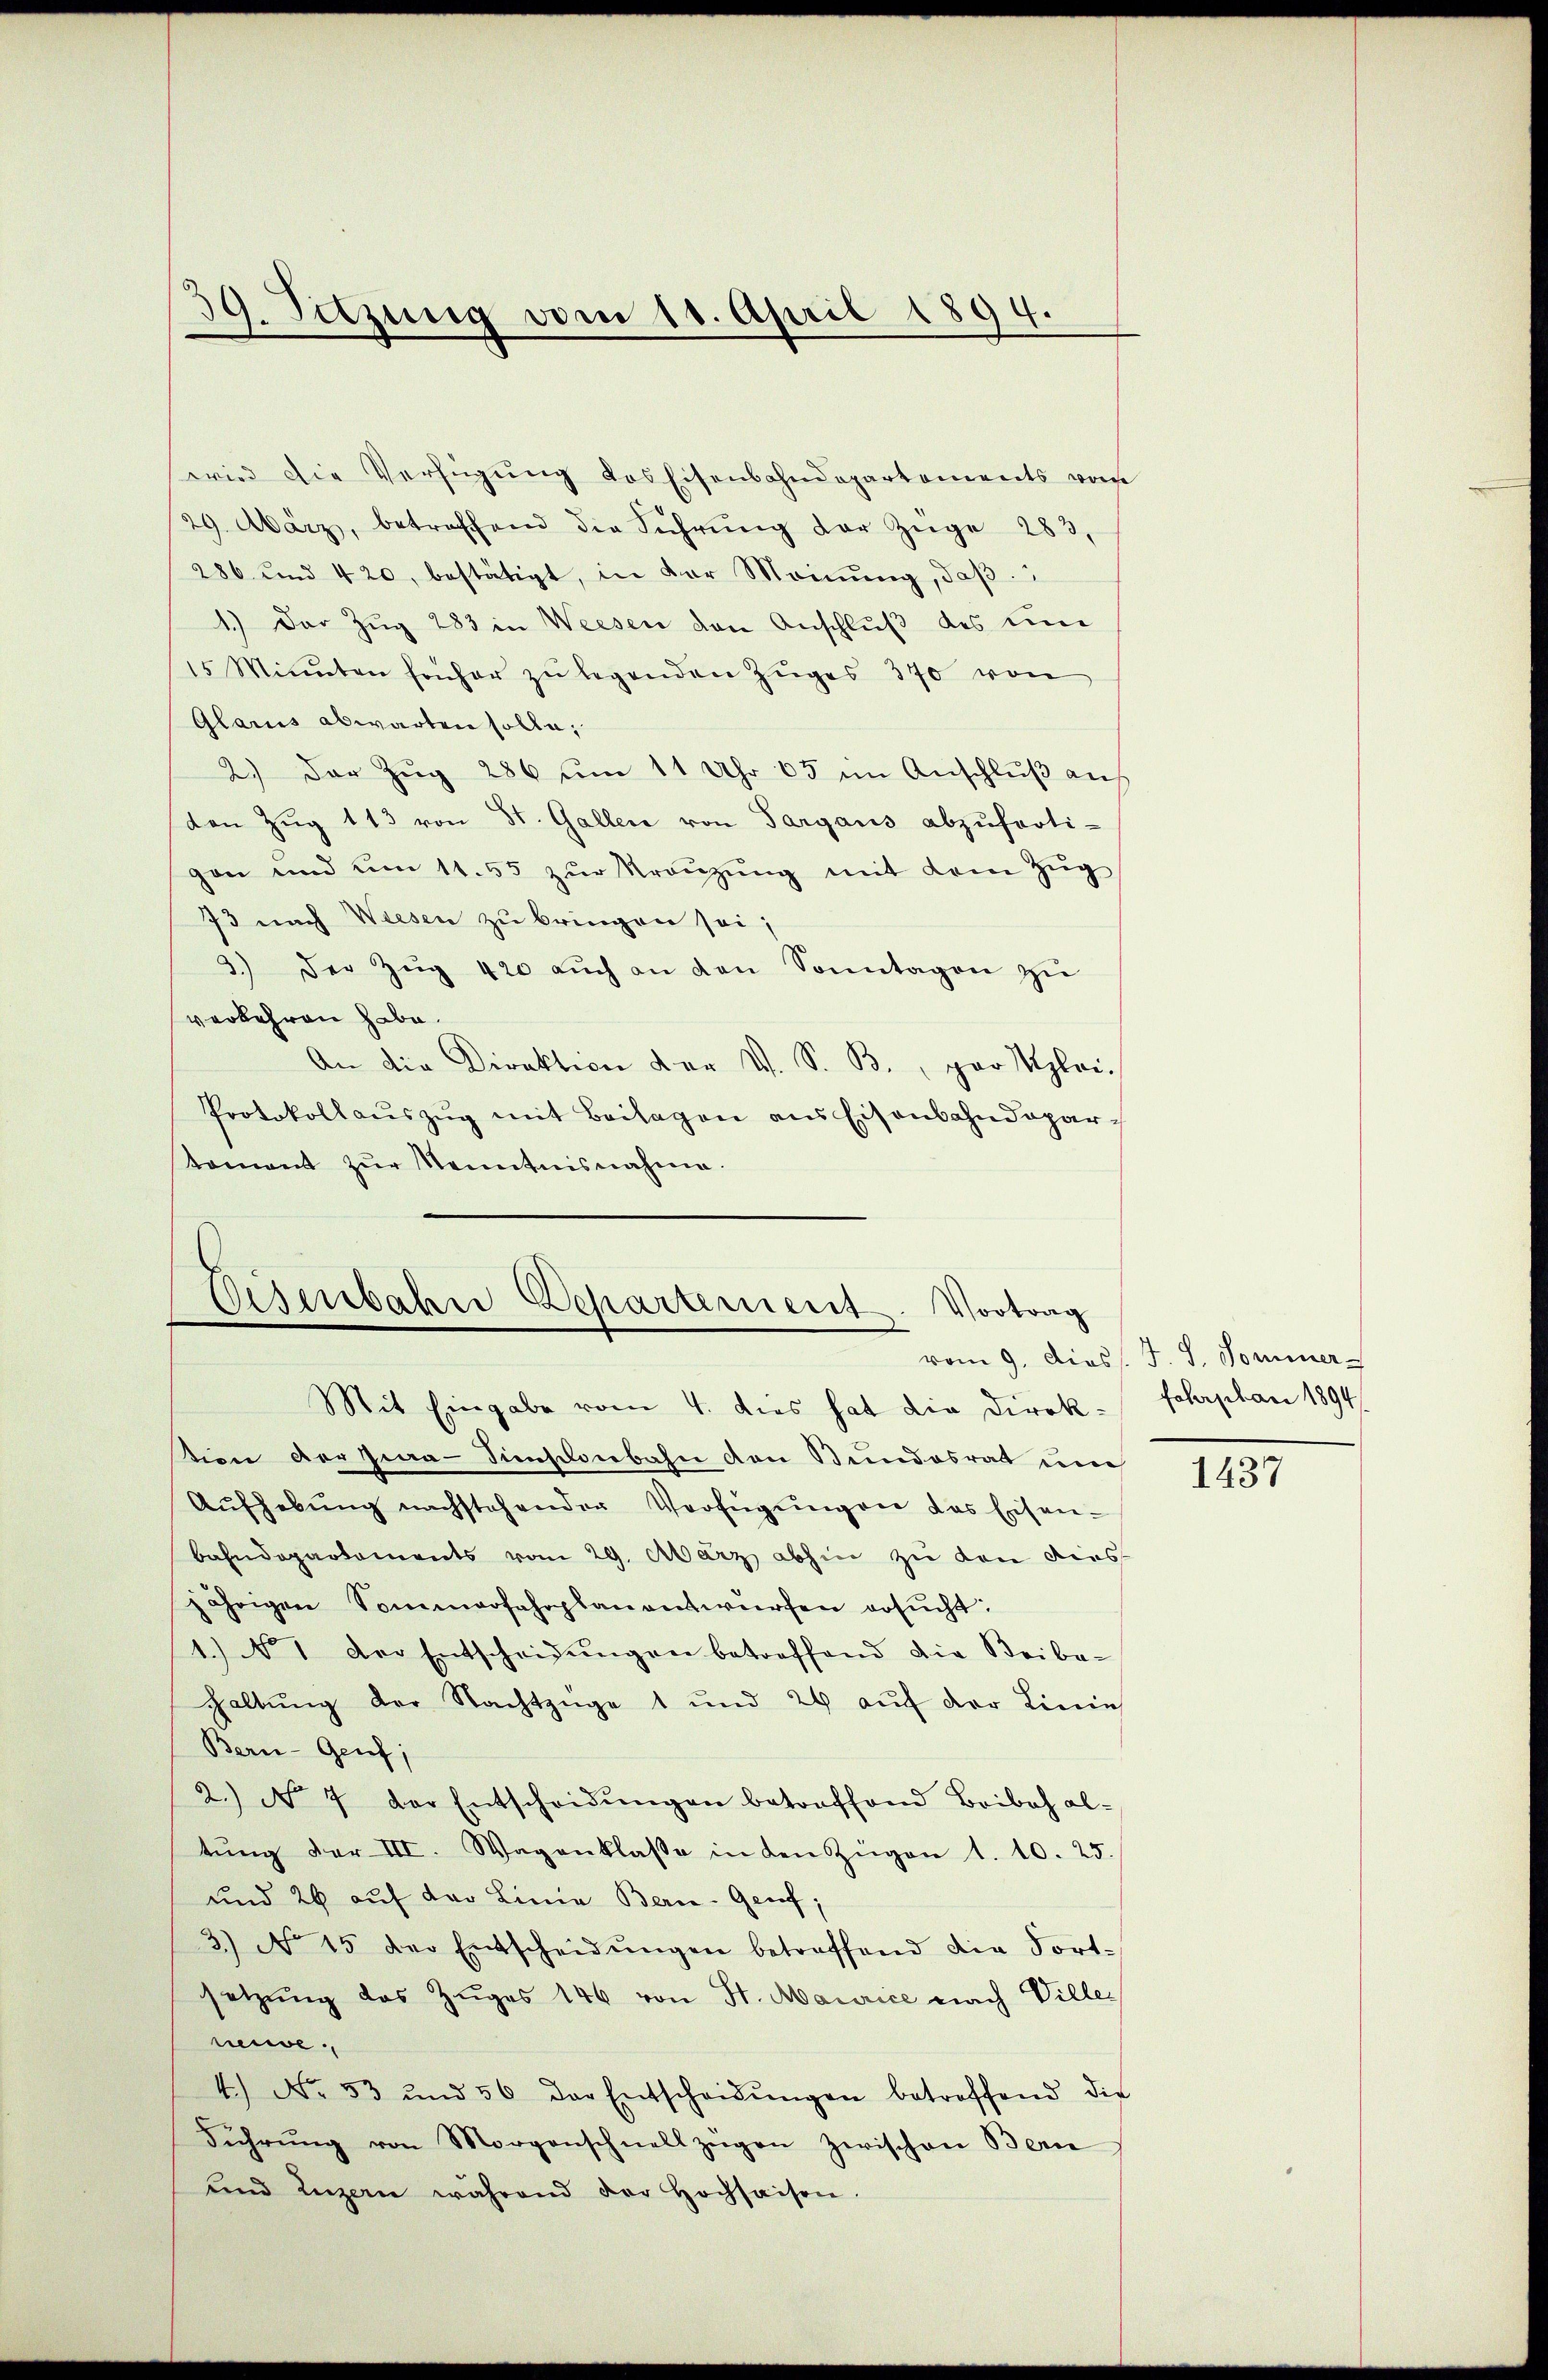
39. Sitzung vom 11. April 1894.

wird die Verfügung des Eisenbahndepartements vom
29. März, betreffend die Führŭng der Züge 283,
286 und 420, bestätigt, in der Meinŭng, daβ
1.) Der Zug 283 in Weesen den Anschluß des un
15 Minuten früher zŭ legenden Zŭges 370 von
Glarus abwarten solle;
2.) Der Zug 286 um 11 Uhr 65 im Anschluß auf
den Zŭg 113 von St. Gallen von Sargaus abzŭferti-
gen und um 11. 55 zŭr Kränzŭng mit dem Zŭg
73 nach Wiesen zu bringen sei;
3.) Der Zŭg 420 aŭch an den Sonntagen zŭ
verkehren habe.
An die Direktion der V. S. B., par lei-
Protokollaŭszŭg mit Beilagen aus Eisenbahndeparkoment zŭr Kenntnisnahme.

Wesenbahn Departement. Vortrag
Mit Eingabe vom 4. dies hat die Direk¬

ion der Zwa-Sinstenbahn den Bundesrat um
Aŭfhebŭng nachstehender Verfügŭngen das Eisen-
Bahndepartements vom 29. März abhin zu den dies
jährigen Sommerfahrplanentwürfen ersŭcht:
1.) No 1 der Entscheidŭngen betreffend die Beibe-
haltung der Nachtzüge 1 und 24 aŭf der Linie
Bern- Genf;
2.) No 7 der Entscheidŭngen betreffend Beibehal-
tŭng der III. Wagenklasse in den Zügen 1. 10. 25.
und 26 auf der Linie Bern- Genf;
3.) No 15 der Entscheidŭngen betreffend die Fortsetzŭng das Zuges 146 von St. Maurice nach Viller
neie
4.) No. 53 und 56 der Entscheidŭngen betreffend die
Führŭng von Morgenschnellzügen zwischen Bern
und Luzern während der Hochsaisen.

vom 9. Diess. J. J. Sommer
fehrplani 1894

1437